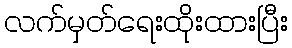
လက်မှတ်ရေးထိုးထားပြီး